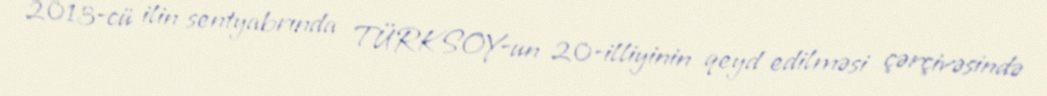
2013-cü ilin sentyabrında TÜRKSOY-un 20-illiyinin qeyd edilməsi çərçivəsində